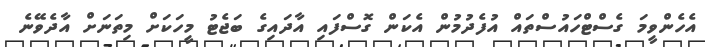
އެހެންވީމަ ގެސްޓްހައުސްތައް އުފެދުމުން އެކަން ގޮސްފައި އާދައިގެ ބަޖެޓު މީހަކަށް މިތަނަށް އާދެވޭނެ